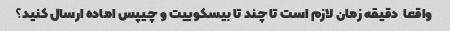
واقعا  دقیقه زمان لازم است تا چند تا بیسکوییت و چیپس اماده ارسال کنید؟